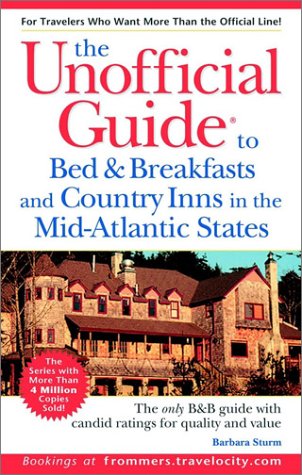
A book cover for Unofficial Guide to Bed & Breakfasts and Country Inns in the Mid-Atlantic (Unofficial Guides); Barbara Sturm; Travel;